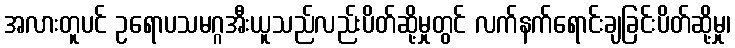
အလားတူပင် ဥရောပသမဂ္ဂအီးယူသည်လည်းပိတ်ဆို့မှုတွင် လက်နက်ရောင်းချခြင်းပိတ်ဆို့မှု၊